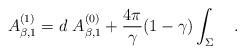
LaTeX: \begin{align*}A_{\beta,1}^{(1)}=d~A_{\beta,1}^{(0)}+{4\pi \over \gamma}(1 -\gamma)\int_{\Sigma}~~~.\end{align*}